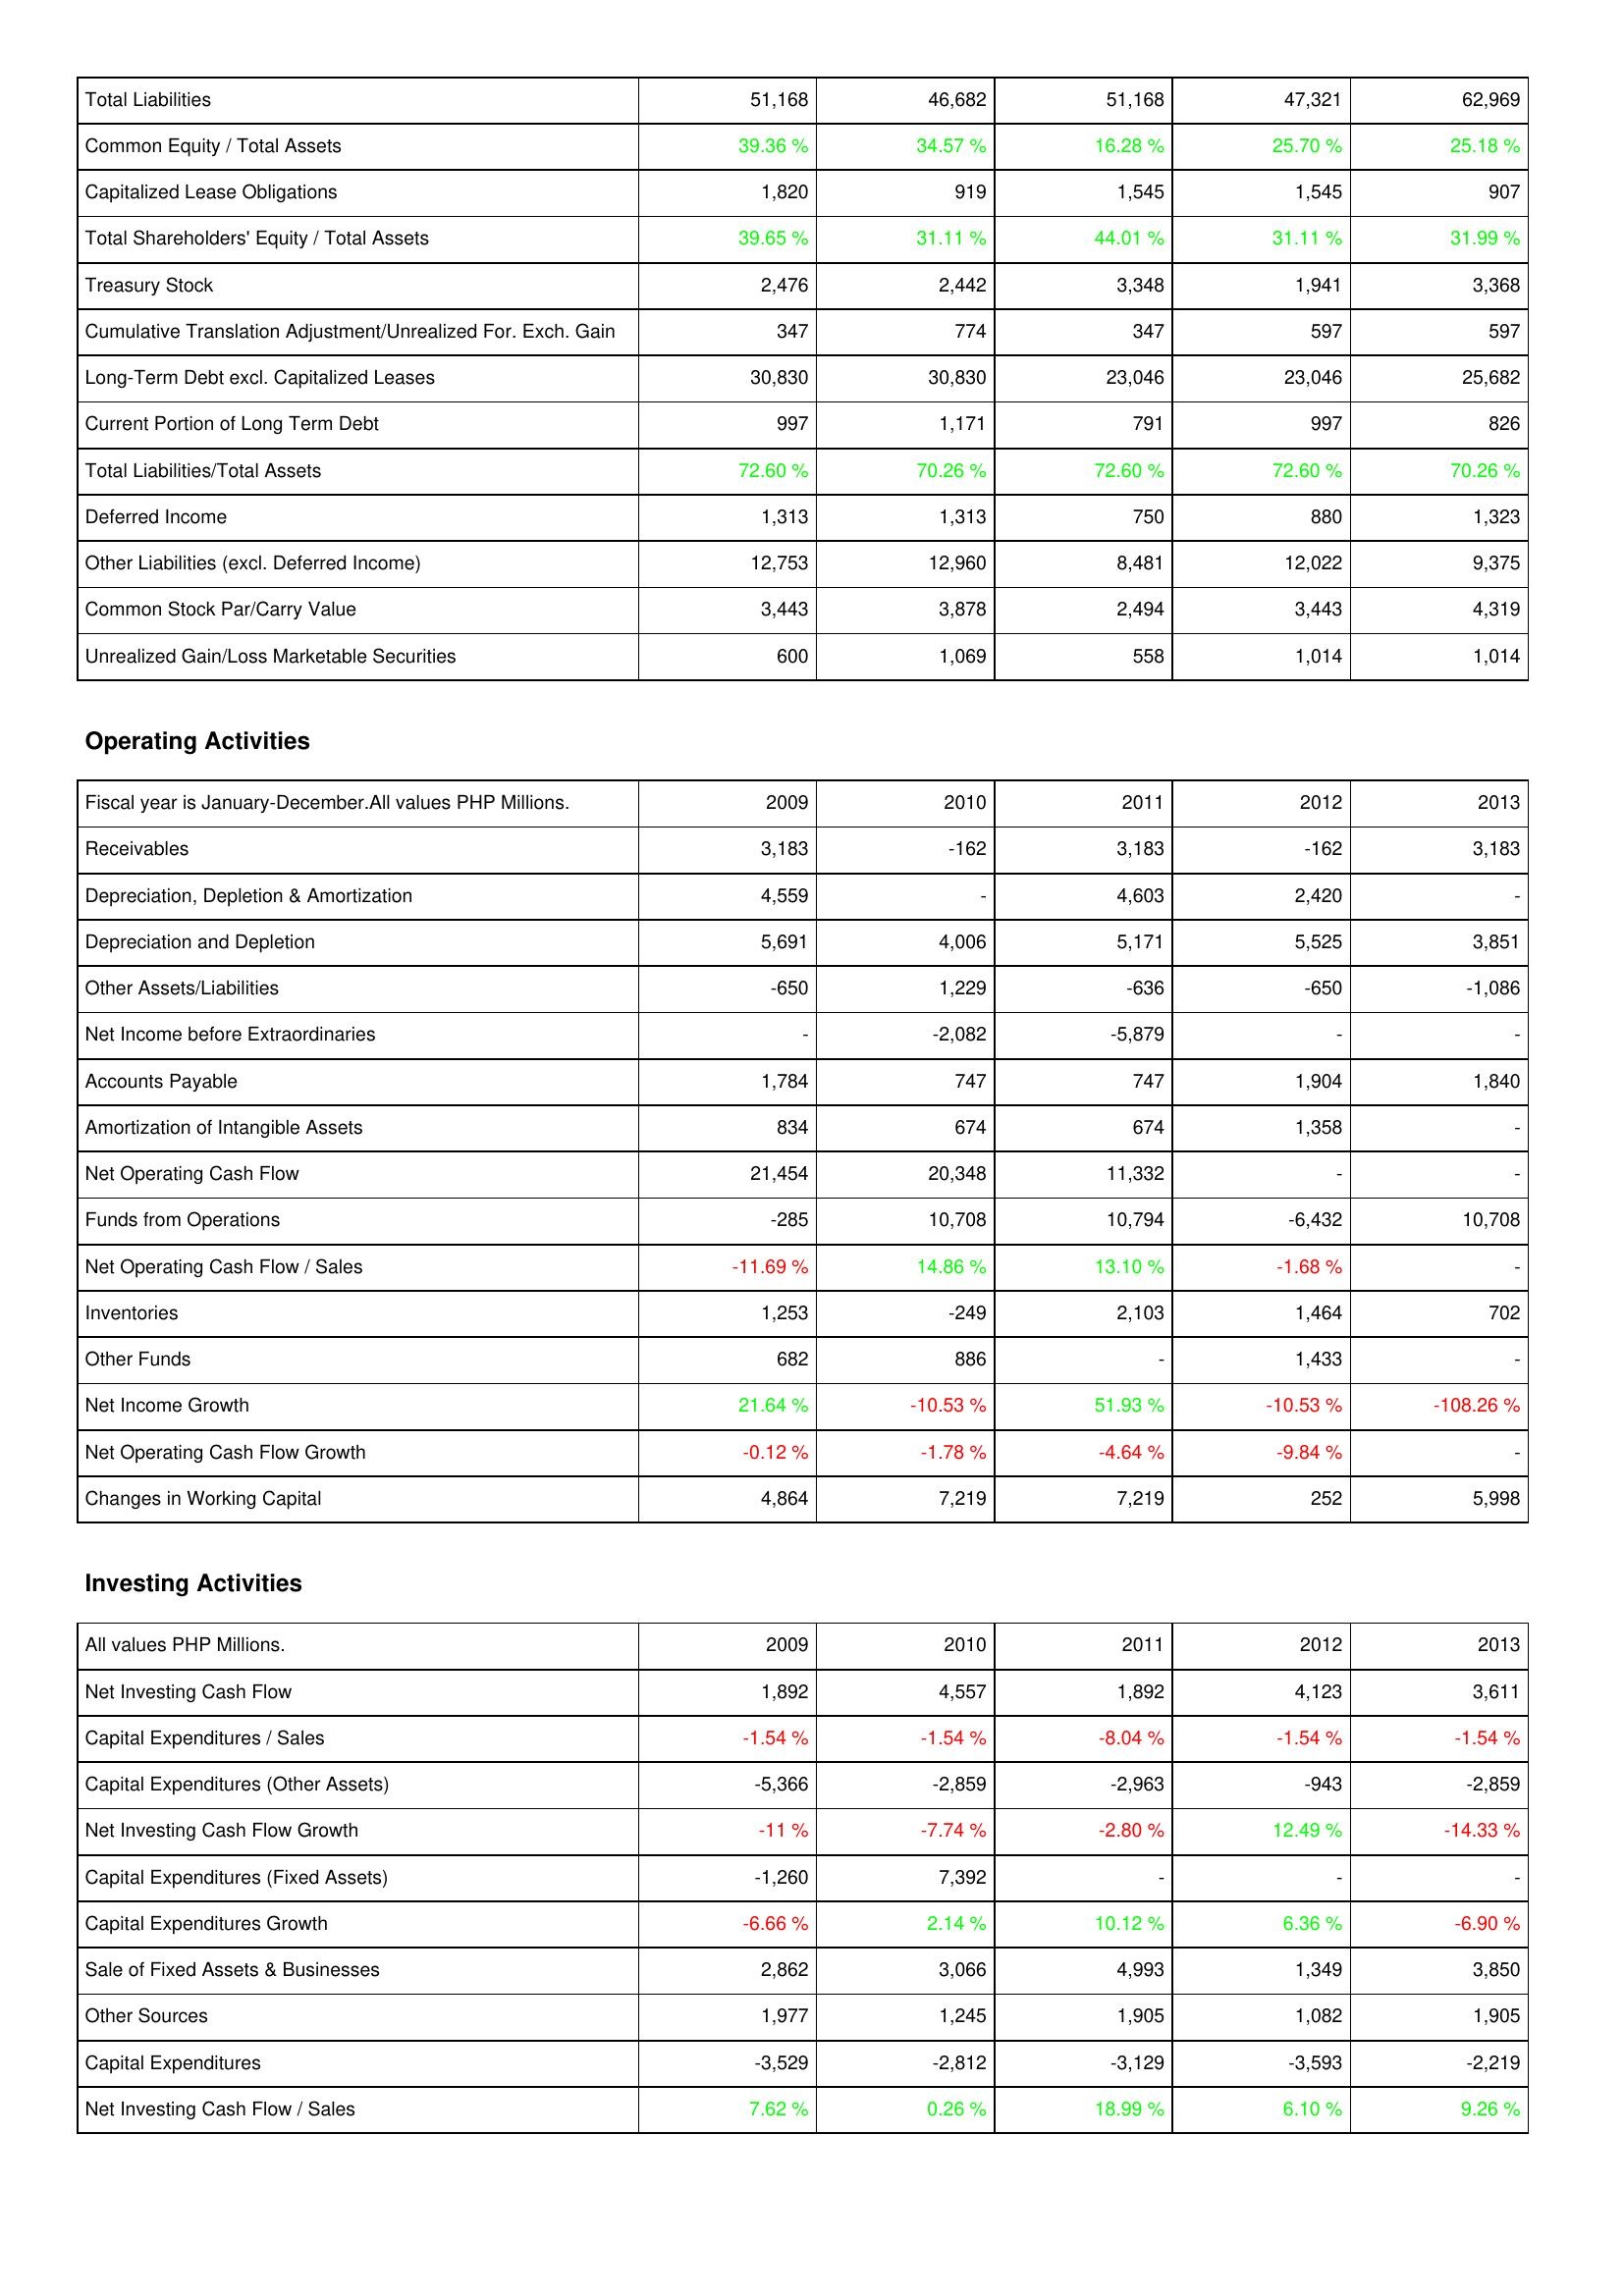
2009: Liabilities & Shareholders' Equity: Total Liabilities: 51,168
Common Equity / Total Assets: 39.36 %
Capitalized Lease Obligations: 1,820
Total Shareholders' Equity / Total Assets: 39.65 %
Treasury Stock: 2,476
Cumulative Translation Adjustment/Unrealized For. Exch. Gain: 347
Long-Term Debt excl. Capitalized Leases: 30,830
Current Portion of Long Term Debt: 997
Total Liabilities/Total Assets: 72.60 %
Deferred Income: 1,313
Other Liabilities (excl. Deferred Income): 12,753
Common Stock Par/Carry Value: 3,443
Unrealized Gain/Loss Marketable Securities: 600
Operating Activities: Receivables: 3,183
Depreciation, Depletion & Amortization: 4,559
Depreciation and Depletion: 5,691
Other Assets/Liabilities: -650
Net Income before Extraordinaries: -
Accounts Payable: 1,784
Amortization of Intangible Assets: 834
Net Operating Cash Flow: 21,454
Funds from Operations: -285
Net Operating Cash Flow / Sales: -11.69 %
Inventories: 1,253
Other Funds: 682
Net Income Growth: 21.64 %
Net Operating Cash Flow Growth: -0.12 %
Changes in Working Capital: 4,864
Investing Activities: Net Investing Cash Flow: 1,892
Capital Expenditures / Sales: -1.54 %
Capital Expenditures (Other Assets): -5,366
Net Investing Cash Flow Growth: -11 %
Capital Expenditures (Fixed Assets): -1,260
Capital Expenditures Growth: -6.66 %
Sale of Fixed Assets & Businesses: 2,862
Other Sources: 1,977
Capital Expenditures: -3,529
Net Investing Cash Flow / Sales: 7.62 %
2010: Liabilities & Shareholders' Equity: Total Liabilities: 46,682
Common Equity / Total Assets: 34.57 %
Capitalized Lease Obligations: 919
Total Shareholders' Equity / Total Assets: 31.11 %
Treasury Stock: 2,442
Cumulative Translation Adjustment/Unrealized For. Exch. Gain: 774
Long-Term Debt excl. Capitalized Leases: 30,830
Current Portion of Long Term Debt: 1,171
Total Liabilities/Total Assets: 70.26 %
Deferred Income: 1,313
Other Liabilities (excl. Deferred Income): 12,960
Common Stock Par/Carry Value: 3,878
Unrealized Gain/Loss Marketable Securities: 1,069
Operating Activities: Receivables: -162
Depreciation, Depletion & Amortization: -
Depreciation and Depletion: 4,006
Other Assets/Liabilities: 1,229
Net Income before Extraordinaries: -2,082
Accounts Payable: 747
Amortization of Intangible Assets: 674
Net Operating Cash Flow: 20,348
Funds from Operations: 10,708
Net Operating Cash Flow / Sales: 14.86 %
Inventories: -249
Other Funds: 886
Net Income Growth: -10.53 %
Net Operating Cash Flow Growth: -1.78 %
Changes in Working Capital: 7,219
Investing Activities: Net Investing Cash Flow: 4,557
Capital Expenditures / Sales: -1.54 %
Capital Expenditures (Other Assets): -2,859
Net Investing Cash Flow Growth: -7.74 %
Capital Expenditures (Fixed Assets): 7,392
Capital Expenditures Growth: 2.14 %
Sale of Fixed Assets & Businesses: 3,066
Other Sources: 1,245
Capital Expenditures: -2,812
Net Investing Cash Flow / Sales: 0.26 %
2011: Liabilities & Shareholders' Equity: Total Liabilities: 51,168
Common Equity / Total Assets: 16.28 %
Capitalized Lease Obligations: 1,545
Total Shareholders' Equity / Total Assets: 44.01 %
Treasury Stock: 3,348
Cumulative Translation Adjustment/Unrealized For. Exch. Gain: 347
Long-Term Debt excl. Capitalized Leases: 23,046
Current Portion of Long Term Debt: 791
Total Liabilities/Total Assets: 72.60 %
Deferred Income: 750
Other Liabilities (excl. Deferred Income): 8,481
Common Stock Par/Carry Value: 2,494
Unrealized Gain/Loss Marketable Securities: 558
Operating Activities: Receivables: 3,183
Depreciation, Depletion & Amortization: 4,603
Depreciation and Depletion: 5,171
Other Assets/Liabilities: -636
Net Income before Extraordinaries: -5,879
Accounts Payable: 747
Amortization of Intangible Assets: 674
Net Operating Cash Flow: 11,332
Funds from Operations: 10,794
Net Operating Cash Flow / Sales: 13.10 %
Inventories: 2,103
Other Funds: -
Net Income Growth: 51.93 %
Net Operating Cash Flow Growth: -4.64 %
Changes in Working Capital: 7,219
Investing Activities: Net Investing Cash Flow: 1,892
Capital Expenditures / Sales: -8.04 %
Capital Expenditures (Other Assets): -2,963
Net Investing Cash Flow Growth: -2.80 %
Capital Expenditures (Fixed Assets): -
Capital Expenditures Growth: 10.12 %
Sale of Fixed Assets & Businesses: 4,993
Other Sources: 1,905
Capital Expenditures: -3,129
Net Investing Cash Flow / Sales: 18.99 %
2012: Liabilities & Shareholders' Equity: Total Liabilities: 47,321
Common Equity / Total Assets: 25.70 %
Capitalized Lease Obligations: 1,545
Total Shareholders' Equity / Total Assets: 31.11 %
Treasury Stock: 1,941
Cumulative Translation Adjustment/Unrealized For. Exch. Gain: 597
Long-Term Debt excl. Capitalized Leases: 23,046
Current Portion of Long Term Debt: 997
Total Liabilities/Total Assets: 72.60 %
Deferred Income: 880
Other Liabilities (excl. Deferred Income): 12,022
Common Stock Par/Carry Value: 3,443
Unrealized Gain/Loss Marketable Securities: 1,014
Operating Activities: Receivables: -162
Depreciation, Depletion & Amortization: 2,420
Depreciation and Depletion: 5,525
Other Assets/Liabilities: -650
Net Income before Extraordinaries: -
Accounts Payable: 1,904
Amortization of Intangible Assets: 1,358
Net Operating Cash Flow: -
Funds from Operations: -6,432
Net Operating Cash Flow / Sales: -1.68 %
Inventories: 1,464
Other Funds: 1,433
Net Income Growth: -10.53 %
Net Operating Cash Flow Growth: -9.84 %
Changes in Working Capital: 252
Investing Activities: Net Investing Cash Flow: 4,123
Capital Expenditures / Sales: -1.54 %
Capital Expenditures (Other Assets): -943
Net Investing Cash Flow Growth: 12.49 %
Capital Expenditures (Fixed Assets): -
Capital Expenditures Growth: 6.36 %
Sale of Fixed Assets & Businesses: 1,349
Other Sources: 1,082
Capital Expenditures: -3,593
Net Investing Cash Flow / Sales: 6.10 %
2013: Liabilities & Shareholders' Equity: Total Liabilities: 62,969
Common Equity / Total Assets: 25.18 %
Capitalized Lease Obligations: 907
Total Shareholders' Equity / Total Assets: 31.99 %
Treasury Stock: 3,368
Cumulative Translation Adjustment/Unrealized For. Exch. Gain: 597
Long-Term Debt excl. Capitalized Leases: 25,682
Current Portion of Long Term Debt: 826
Total Liabilities/Total Assets: 70.26 %
Deferred Income: 1,323
Other Liabilities (excl. Deferred Income): 9,375
Common Stock Par/Carry Value: 4,319
Unrealized Gain/Loss Marketable Securities: 1,014
Operating Activities: Receivables: 3,183
Depreciation, Depletion & Amortization: -
Depreciation and Depletion: 3,851
Other Assets/Liabilities: -1,086
Net Income before Extraordinaries: -
Accounts Payable: 1,840
Amortization of Intangible Assets: -
Net Operating Cash Flow: -
Funds from Operations: 10,708
Net Operating Cash Flow / Sales: -
Inventories: 702
Other Funds: -
Net Income Growth: -108.26 %
Net Operating Cash Flow Growth: -
Changes in Working Capital: 5,998
Investing Activities: Net Investing Cash Flow: 3,611
Capital Expenditures / Sales: -1.54 %
Capital Expenditures (Other Assets): -2,859
Net Investing Cash Flow Growth: -14.33 %
Capital Expenditures (Fixed Assets): -
Capital Expenditures Growth: -6.90 %
Sale of Fixed Assets & Businesses: 3,850
Other Sources: 1,905
Capital Expenditures: -2,219
Net Investing Cash Flow / Sales: 9.26 %